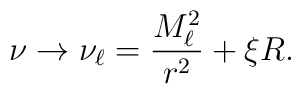
\nu \rightarrow \nu _{\ell }=\frac{M_{\ell }^{2}}{r^{2}}+\xi R.